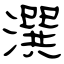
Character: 潠